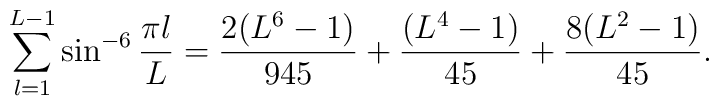
\sum_{l=1}^{L-1} \sin^{-6} {\pi l\over L}={2 (L^6 - 1) \over 945}+{(L^4 - 1) \over 45} + {8 (L^2 - 1) \over 45}.